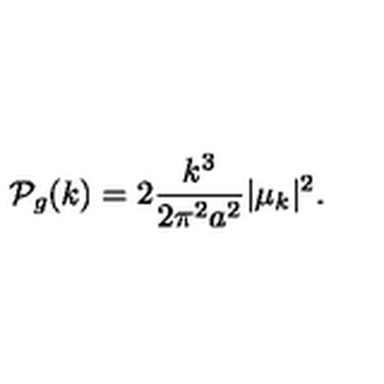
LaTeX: { \cal P } _ { g } ( k ) = 2 { \frac { k ^ { 3 } } { 2 \pi ^ { 2 } a ^ { 2 } } } \vert \mu _ { k } \vert ^ { 2 } .